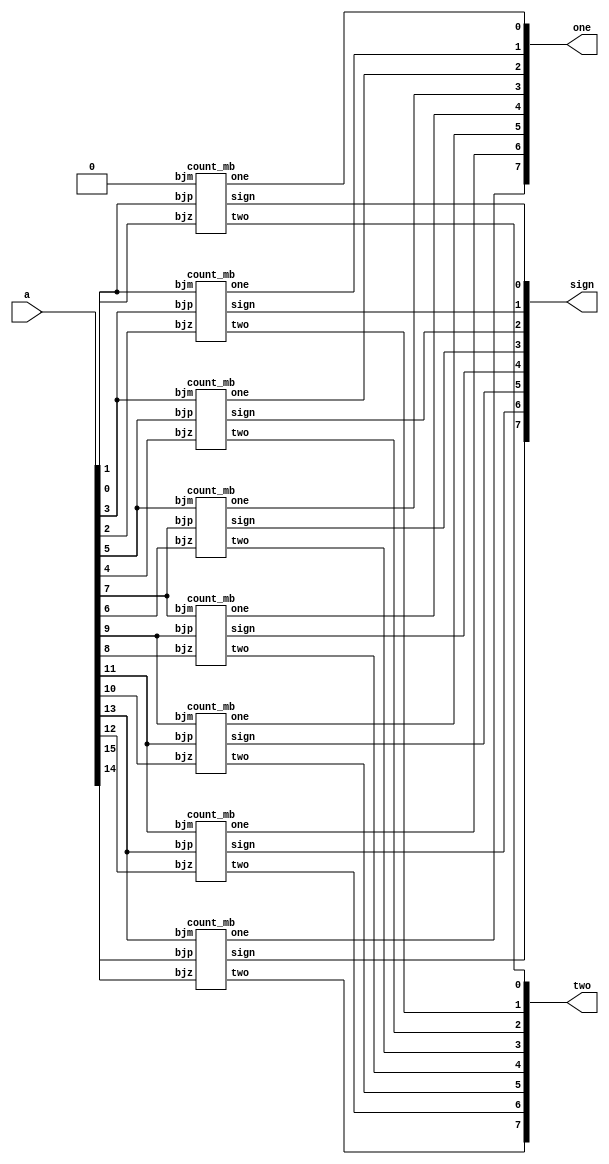
/* Enkoder MB 8bit*/
/* Przeksztalca liczbe w U2 na reprezenstacje w kodzie MB */

module mb_encoder(a, sign, one, two);
	input	[15:0] a;				/* liczba do przekodowania */
	output  [7:0] sign, one, two;	/* wynik przekodowania */
	genvar i;
	
	for(i=0;i<8;i=i+1) begin
		if(i==0) count_mb cmb1(1'b0, a[2*i], a[2*i+1], sign[i], one[i], two[i]);
		else
		count_mb cmb2(a[2*i-1], a[2*i], a[2*i+1], sign[i], one[i], two[i]);
		
	end
endmodule


module count_mb(bjm, bjz, bjp, sign, one, two);
	input 	bjm, bjz, bjp;	/* pojedyncze bity kodowanej liczby */
	output	sign, one, two;	/* wynik kodowania */
	
	assign sign = bjp ^ (bjp & bjz & bjm);		/* znak /redukcja {+0, -0} na {+0} */
	assign one = bjm ^ bjz;	/* jedynka */
	assign two = ~one & (bjp ^ bjz);	/* dwojka */
	
endmodule